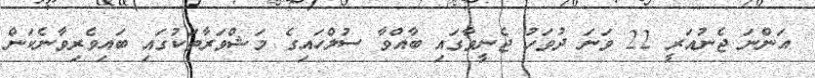
އަންނަ ޖެނުއަރީ 22 ވަނަ ދުވަހު ޖެނީވާގައި ބާއްވާ ސުލްހައިގެ މަޝްވަރާތަކުގައި ބައިވެރިވާނެކަން